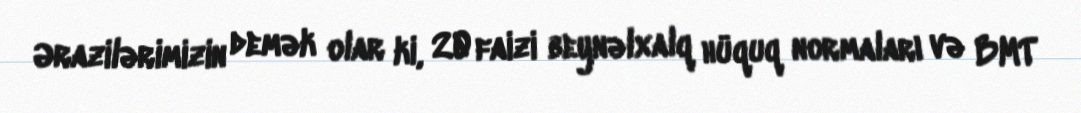
Ərazilərimizin demək olar ki, 20 faizi beynəlxalq hüquq normaları və BMT